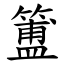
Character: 簠